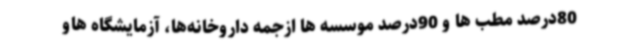
80درصد مطب ها و 90درصد موسسه ها ازجمه داروخانه‌ها، آزمایشگاه هاو